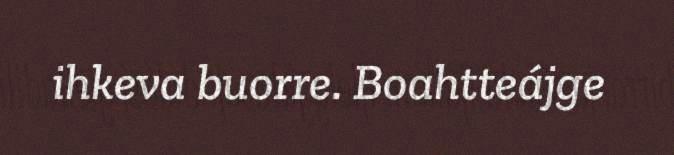
ihkeva buorre. Boahtteájge